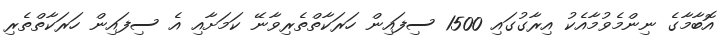
އޮބާމާގެ ނިންމެވުމާއެކު އިރާގުގައި 1500 ސިފައިން ހަރަކާތްތެރިވާނޭ ކަމަށާއި އެ ސިފައިން ހަރަކާތްތެރި